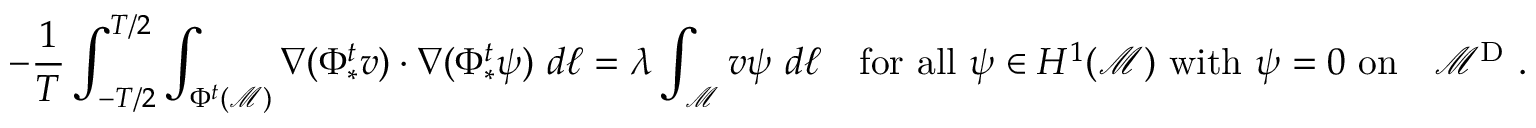
- \frac { 1 } { T } \int _ { - T / 2 } ^ { T / 2 } \int _ { \Phi ^ { t } ( \mathcal { M } ) } \nabla ( \Phi _ { * } ^ { t } v ) \cdot \nabla ( \Phi _ { * } ^ { t } \psi ) \ d \ell = \lambda \int _ { \mathcal { M } } v \psi \ d \ell \quad \mathrm { f o r ~ a l l ~ } \psi \in H ^ { 1 } ( \mathcal { M } ) \mathrm { ~ w i t h ~ } \psi = 0 \mathrm { ~ o n ~ \partial ~ \mathcal { M } ^ { D } ~ } .